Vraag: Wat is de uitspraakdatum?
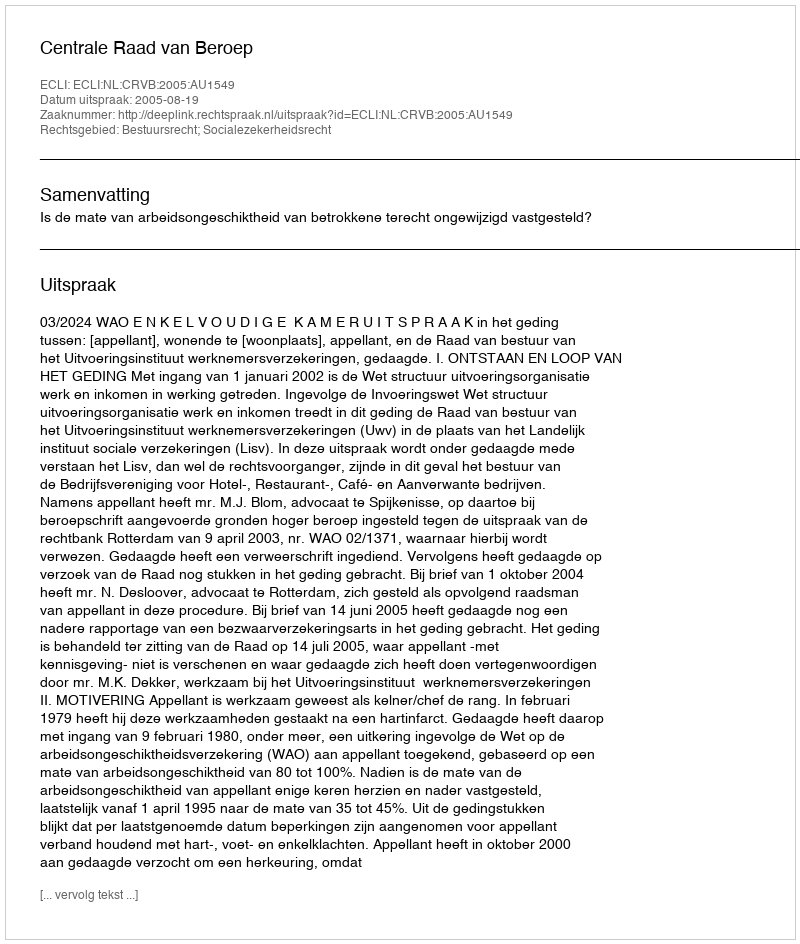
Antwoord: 2005-08-19